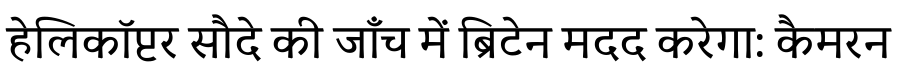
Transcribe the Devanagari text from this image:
हेलिकॉप्टर सौदे की जाँच में ब्रिटेन मदद करेगा: कैमरन